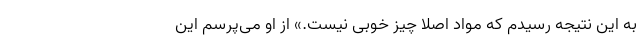
به این نتیجه رسیدم که مواد اصلا چیز خوبی نیست.» از او می‌پرسم این